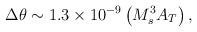
LaTeX: \begin{align*}\Delta\theta \sim 1.3\times 10^{-9} \left(M_s^3A_T\right),\end{align*}